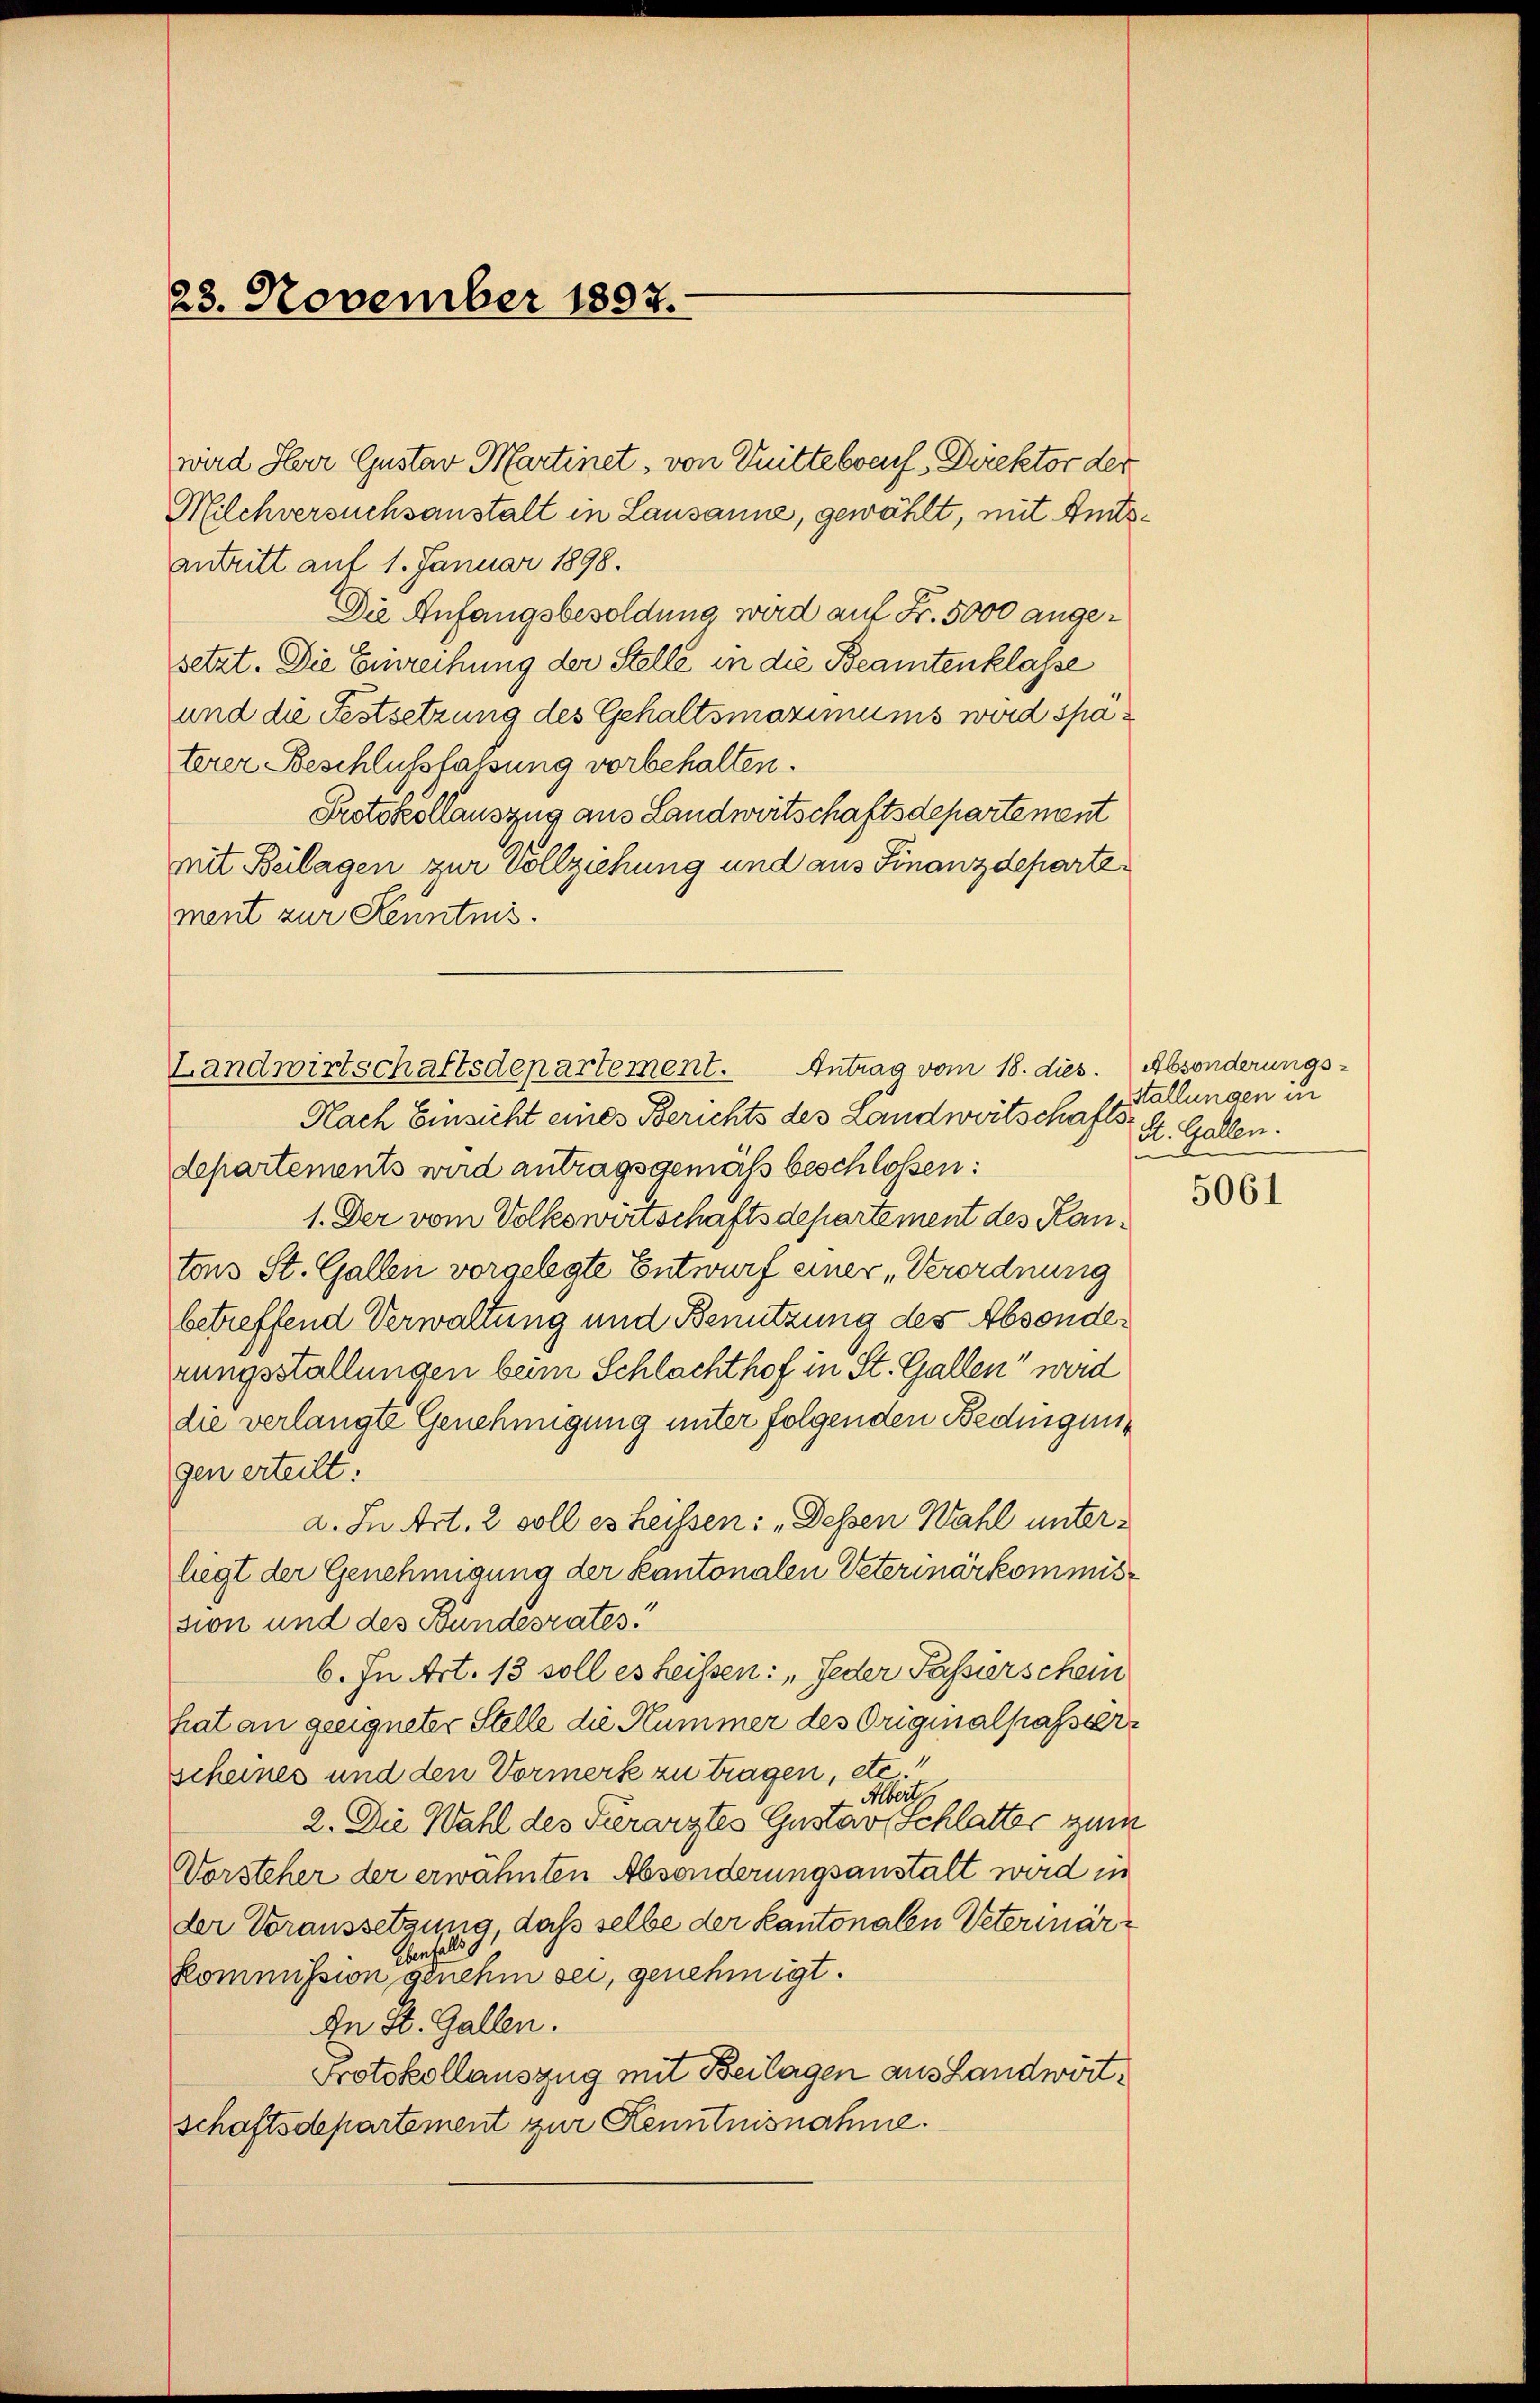
23. November 1807.

Milchversuchsanstalt in Lausanne, gewählt, mit Amtsantritt auf 1. Januar 1898.
Die Anfangsbesoldung wird auf Fr. 5000 angesetzt. Die Einreihung der Stelle in die Beamtenklasse
und die Festsetzung des Gehaltsmaximums werd späterer Beschlussfassung vorbehalten.
Protokollauszug aus Landwirtschaftsdepartement
mit Beilagen zur Vollziehung und aus Finanzdepartement zur Kenntnis.
Nach Einsicht eines Berichts des Landwirtschaftsdepartements wird antragsgemäss beschlossen:
1. Der vom Volkswirtschaftsdepartement des Kantons St. Gallen vorgelegte Entwurf einer „Verordnung
betreffend Verwaltung und Benutzung des Absonderungsstallungen beim Schlachthof in St. Gallen“ wird
die verlangte Genehmigung unter folgenden Bedingungen erteilt:
a. In Art. 2 soll es heissen: „Dessen Wahl unterliegt der Genehmigung der Kantonalen Veterinärkommission und des Bundesrates.
6. In Art. 13 soll es heißen: „Jeder Passierschein
hat an geeigneter Stelle die Kummer des Originalpassiere
scheines und den Vormerk zu tragen, etc
Alberth
2. Die Wahl des Serarztes Gustav Schlatter zum
Vorsteher der erwähnten Absonderungsanstalt wird in
der Voraussetzung, daß selbe der Kantonalen Peterinär¬
Ebenfalls g
kommission genehm sei, genehmigt.
An St. Gallen.
Protokollauszug mit Beilagen aus Landwörtschaftsdepartement zur Kenntnisnahme.

Landwirtschaftsdepartement. Antrag vom 18. dies. Absonderungs¬

wird Herr Gustav Martinet, von Drittebveuf Direktor der

stallungen in
St. Gallen.
i

5061